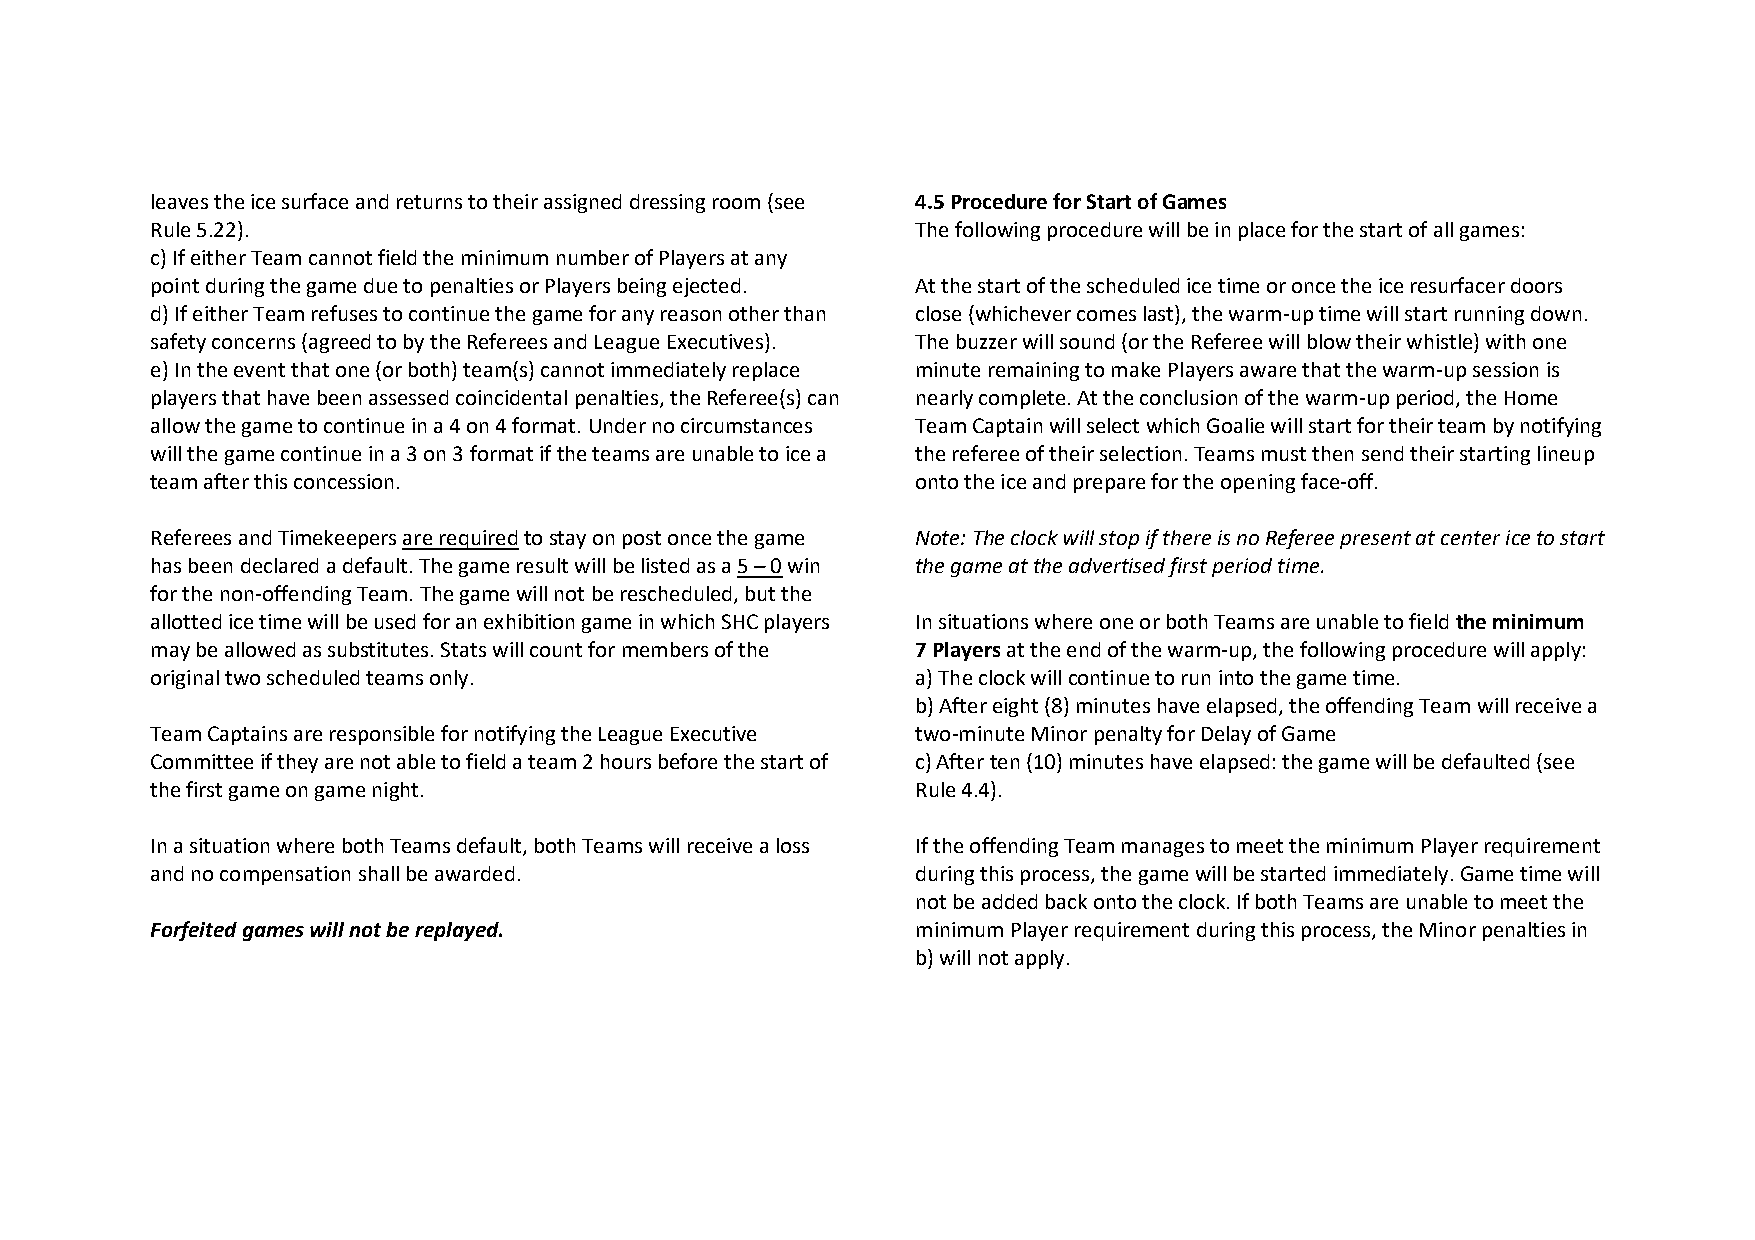
leaves the ice surface and returns to their assigned dressing room (see 4.5 Procedure for Start of Games
 Rule 5.22).                                        The following procedure will be in place for the start of all games:
 c) If either Team cannot field the minimum number of Players at any
 point during the game due to penalties or Players being ejected. At the start of the scheduled ice time or once the ice resurfacer doors
 d) If either Team refuses to continue the game for any reason other than close (whichever comes last), the warm-up time will start running down.
 safety concerns (agreed to by the Referees and League Executives). The buzzer will sound (or the Referee will blow their whistle) with one
 e) In the event that one (or both) team(s) cannot immediately replace minute remaining to make Players aware that the warm-up session is
 players that have been assessed coincidental penalties, the Referee(s) can nearly complete. At the conclusion of the warm-up period, the Home
 allow the game to continue in a 4 on 4 format. Under no circumstances Team Captain will select which Goalie will start for their team by notifying
 will the game continue in a 3 on 3 format if the teams are unable to ice a the referee of their selection. Teams must then send their starting lineup
 team after this concession.                        onto the ice and prepare for the opening face-off.
 Referees and Timekeepers are required to stay on post once the game Note: The clock will stop if there is no Referee present at center ice to start
 has been declared a default. The game result will be listed as a 5 – 0 win the game at the advertised first period time.
 for the non-offending Team. The game will not be rescheduled, but the
 allotted ice time will be used for an exhibition game in which SHC players In situations where one or both Teams are unable to field the minimum
 may be allowed as substitutes. Stats will count for members of the 7 Players at the end of the warm-up, the following procedure will apply:
 original two scheduled teams only.                 a) The clock will continue to run into the game time.
 b) After eight (8) minutes have elapsed, the offending Team will receive a
 Team Captains are responsible for notifying the League Executive two-minute Minor penalty for Delay of Game
 Committee if they are not able to field a team 2 hours before the start of c) After ten (10) minutes have elapsed: the game will be defaulted (see
 the first game on game night.                      Rule 4.4).
 In a situation where both Teams default, both Teams will receive a loss If the offending Team manages to meet the minimum Player requirement
 and no compensation shall be awarded.              during this process, the game will be started immediately. Game time will
 not be added back onto the clock. If both Teams are unable to meet the
 Forfeited games will not be replayed.              minimum Player requirement during this process, the Minor penalties in
 b) will not apply.